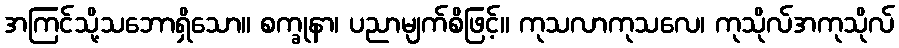
အကြင်သို့သဘောရှိသော။ စက္ခုနာ၊ ပညာမျက်စိဖြင့်။ ကုသလာကုသလေ၊ ကုသိုလ်အကုသိုလ်